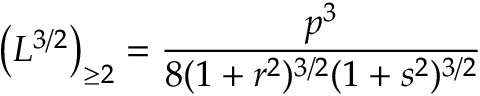
\left( L ^ { { 3 } / { 2 } } \right) _ { \geq 2 } = \frac { p ^ { 3 } } { 8 ( 1 + r ^ { 2 } ) ^ { 3 / 2 } ( 1 + s ^ { 2 } ) ^ { 3 / 2 } }